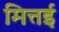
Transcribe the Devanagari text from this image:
मित्तई